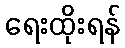
ရေးထိုးရန်